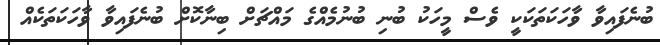
ބުނެފައިވާ ވާހަކަތަކަކީ ވެސް މީހަކު ބުނި ބުނުމެއްގެ މައްޗަށް ބިނާކޮށް ބުނެފައިވާ ވާހަކަތަކެއް